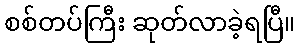
စစ်တပ်ကြီး ဆုတ်လာခဲ့ရပြီ။